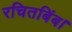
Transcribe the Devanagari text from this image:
रचितबिंब।